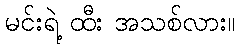
မင်းရဲ့ ထီး အသစ်လား။